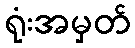
ရုံးအမှတ်